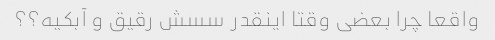
واقعا چرا بعضی وقتا اینقدر سسش رقیق و آبکیه؟؟